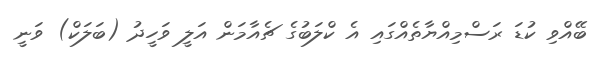
ބޭއްވި ކުޑަ ރަސްމިއްޔާތެއްގައި އެ ކްލަބުގެ ޗެއާމަން އަލީ ވަހީދު (ބަލަކް) ވަނީ